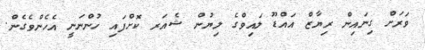
ވަރަށް ގިނައިން ރިޔާޒް އައްޑޫ ލައިވްގެ ލިޔުން ޝެއަރ ކޮށްފައި ހުންނަނީ އެހެންވެގެން.